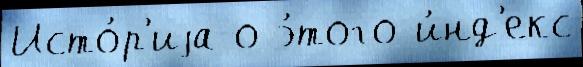
Исто́р'иjа о э́того и́нд'екс